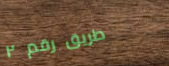
طريق رقم ٢